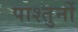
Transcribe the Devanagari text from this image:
पाश्तुनों